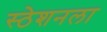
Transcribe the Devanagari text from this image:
स्ठेशनला